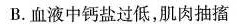
B.血液中钙盐过低，肌肉抽搐